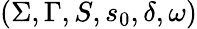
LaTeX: (\Sigma,\Gamma,S,s_{0},\delta,\omega)